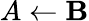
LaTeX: A\leftarrow\mathbf{B}